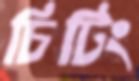
চিটিং